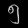
Digit: ၅